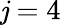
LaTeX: \mathit{j}=4